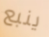
ينبع